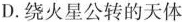
D.绕火星公转的天体